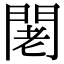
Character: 𨴛